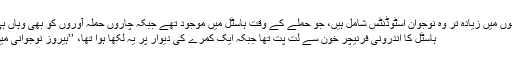
ہلاک ہونے والوں میں زیادہ تر وہ نوجوان اسٹوڈنٹس شامل ہیں، جو حملے کے وقت ہاسٹل میں موجود تھے جبکہ چاروں حملہ آوروں کو بھی وہاں ہی ہلاک کیا گیا
ہاسٹل کا اندرونی فرنیچر خون سے لت پت تھا جبکہ ایک کمرے کی دیوار پر یہ لکھا ہوا تھا، ’’ہیروز نوجوانی میں مرتے ہیں‘‘۔